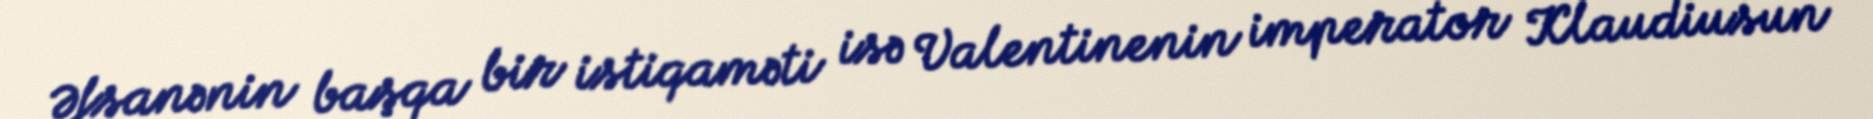
Əfsanənin başqa bir istiqaməti isə Valentinenin imperator Klaudiusun